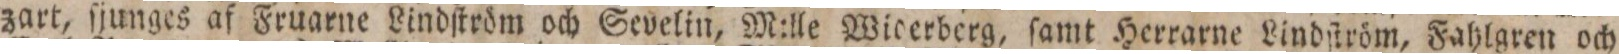
zart, ſjunges af Fruarne Lindſtröm och Sevelin, M:lle Wicerberg, ſamt Herrarne Lindſtröm, Fahlgren och